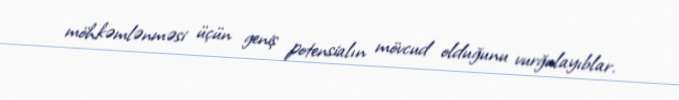
möhkəmlənməsi üçün geniş potensialın mövcud olduğunu vurğulayıblar.